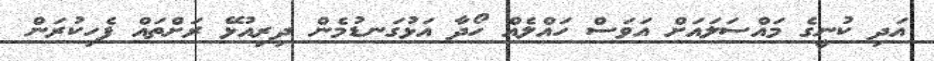
އަދި ކުނީގެ މައްސަލައަށް އަވަސް ހައްލެއް ހޯދާ އަަޅުގަނޑުމެން ދިރިއުޅޭ ރަށްތައް ފެހިކުރަން